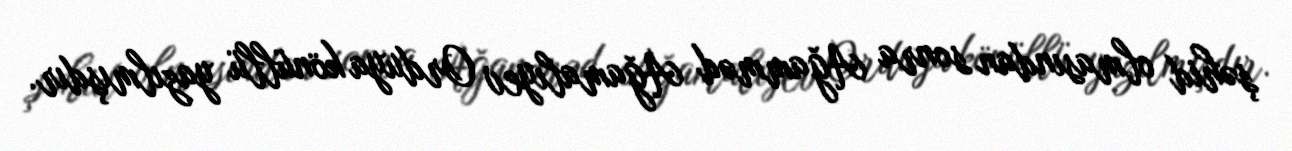
şəhid olmasından sonra Ağamməd Ağamalıyev Orduya könüllü yazılmışdır.